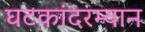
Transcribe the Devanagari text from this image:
घटकांदरम्यान